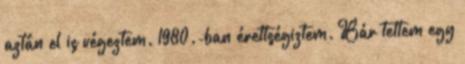
aztán el is végeztem. 1980.-ban érettségiztem. Bár tettem egy